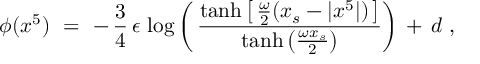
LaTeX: \phi ( x ^ { 5 } ) \ = \ - \, \frac { 3 } { 4 } \, \epsilon \, \log \left( \, \frac { \operatorname { t a n h } \left[ \, \frac { \omega } { 2 } ( x _ { s } - | x ^ { 5 } | ) \, \right] } { \operatorname { t a n h } \left( \frac { \omega x _ { s } } { 2 } \right) } \right) \, + \, d \ ,